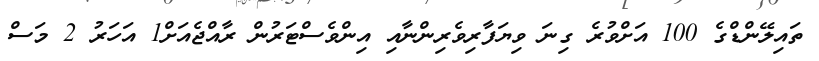
ތައިލޭންޑްގެ 100 އަށްވުރެ ގިނަ ވިޔަފާރިވެރިންނާއި އިންވެސްޓަރުން ރާއްޖެއަށް1 އަހަރު 2 މަސް